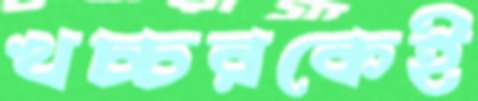
খচ্চরকেই